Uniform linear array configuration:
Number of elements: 64
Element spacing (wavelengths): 1
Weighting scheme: hamming
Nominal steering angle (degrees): -60
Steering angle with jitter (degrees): -60.615
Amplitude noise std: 0.05
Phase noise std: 0.05

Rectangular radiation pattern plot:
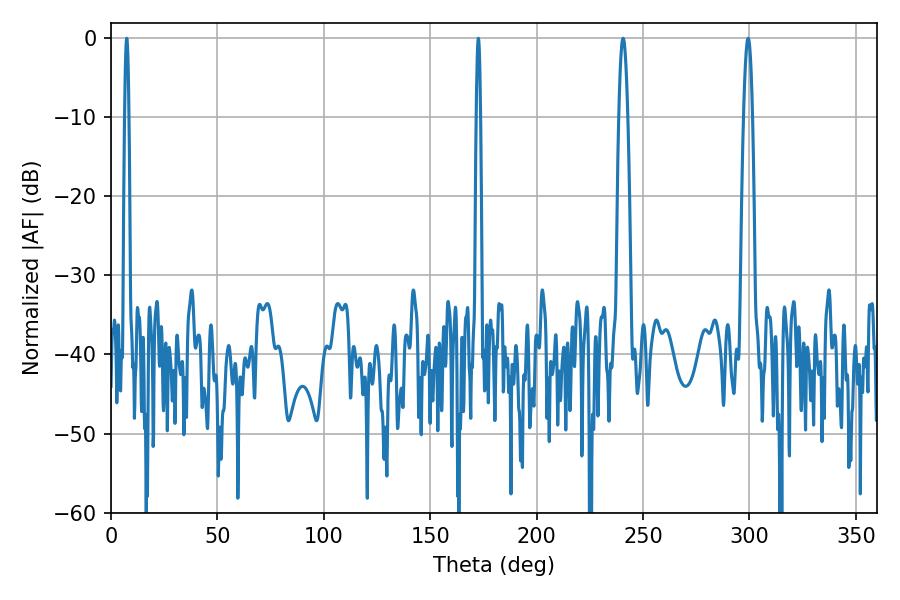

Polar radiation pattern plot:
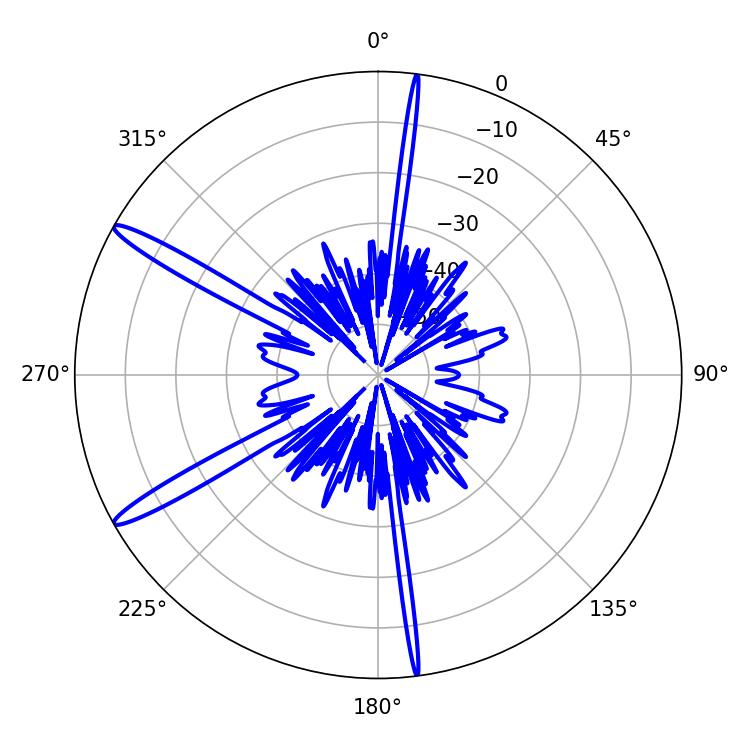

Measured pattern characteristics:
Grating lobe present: TRUE
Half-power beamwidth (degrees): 1.08
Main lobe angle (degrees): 7.38